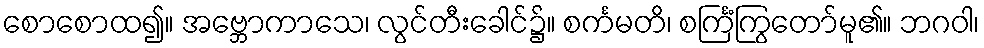
စောစောထ၍။ အဗ္ဘောကာသေ၊ လွင်တီးခေါင်၌။ စင်္ကမတိ၊ စင်္ကြံကြွတော်မူ၏။ ဘဂဝါ၊